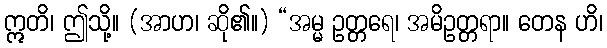
ဣတိ၊ ဤသို့။ (အာဟ၊ ဆို၏။) “အမ္မ ဥတ္တရေ၊ အမိဥတ္တရာ။ တေန ဟိ၊